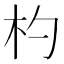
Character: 杓